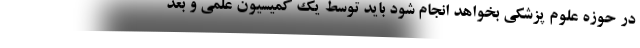
در حوزه علوم پزشکی بخواهد انجام شود باید توسط یک کمیسیون علمی و بعد